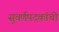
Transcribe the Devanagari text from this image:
सुवर्णपदकांची